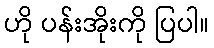
ဟို ပန်းအိုးကို ပြပါ။